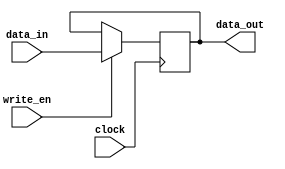
module register(clock,write_en, data_in, data_out);

input clock;
input[15:0] data_in;
input write_en;
output reg[15:0] data_out;

always @(posedge clock)
begin

if(write_en == 1)

data_out <= data_in ;

end

endmodule